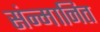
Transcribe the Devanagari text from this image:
संन्मानित